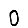
Digit: 0